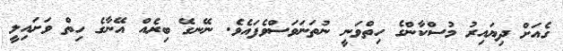
ގެއަށް ދިޔައިރު މުސްކާންގެ ހިތްވަނީ ނުތަނަވަސްވެފައެވެ. ނޭނގޭ ބިރެއް އޭނާގެ ހިތް ވަށައިލީ